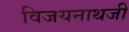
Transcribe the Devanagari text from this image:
विजयनाथजी